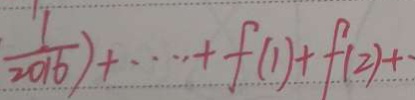
\frac { 1 } { 2 0 1 6 } ) + \cdots + f ( 1 ) + f ( 2 ) +